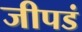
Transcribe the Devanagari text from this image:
जीपडं